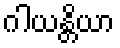
ဂါယန္တိယာ